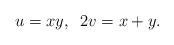
LaTeX: \begin{align*} u=xy, \;\; 2v=x+y.\end{align*}